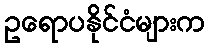
ဥရောပနိုင်ငံများက